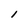
Character: l